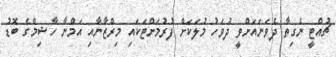
ޗުއްޓީ ނެގިތާ ދެވަނައަށްވީ ދުވަހު މުލަކަށް ފުރުމަށްޓަކައި މިރްޒާނާއި އަމްނާ ހާޝިމްގެ ބޮޑު